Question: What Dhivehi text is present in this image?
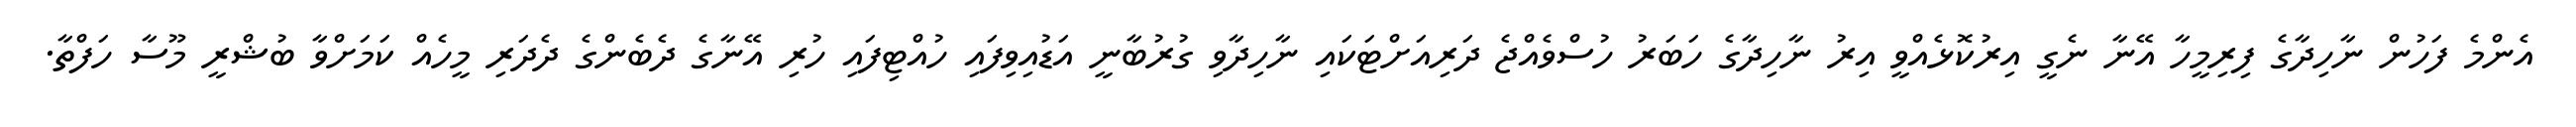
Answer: އެންމެ ފަހުން ނާހިދާގެ ފިރިމީހާ އޭނާ ނެގީ އިރުކޮޅެއްވީ އިރު ނާހިދާގެ ހަބަރު ހުސްވެއްޖެ ދަރިއަށްޓަކައި ނާހިދާވި ގުރުބާނީ އަޑުއިވިފައި ހުއްޓިފައި ހުރި އޭނާގެ ދެބެންގެ ދެދަރި މީހެއް ކަމަށްވާ ބުޝްރީ މޫސާ ހަފްތާ.